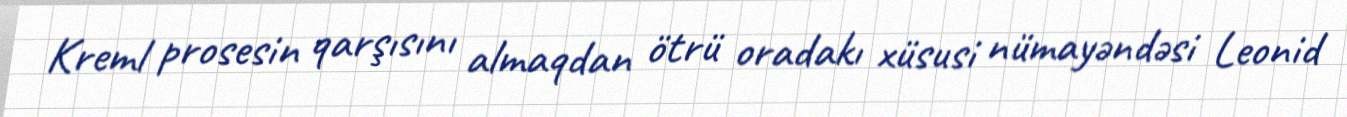
Kreml prosesin qarşısını almaqdan ötrü oradakı xüsusi nümayəndəsi Leonid